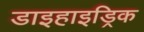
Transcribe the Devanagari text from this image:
डाइहाइड्रिक